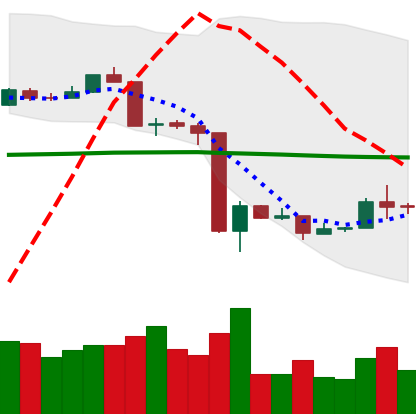
Ticker: ETH-USD
Chart end date: 2020-03-21
Forward return: 4.173%
Label: up_3_5